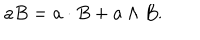
LaTeX: a B = a \cdot B + a \wedge B .